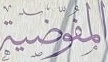
المفوضية